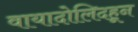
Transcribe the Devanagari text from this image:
वायादोलिदहून